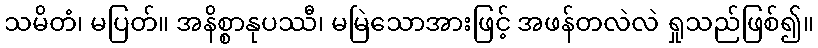
သမိတံ၊ မပြတ်။ အနိစ္စာနုပဿီ၊ မမြဲသောအားဖြင့် အဖန်တလဲလဲ ရှုသည်ဖြစ်၍။